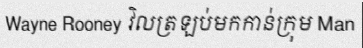
Wayne Rooney វិលត្រឡប់មកកាន់ក្រុម Man